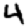
Digit: 4